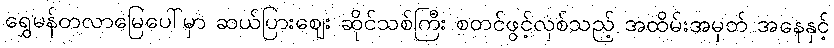
ရွှေမန်တလာမြေပေါ်မှာ ဆယ်ပြားစျေး ဆိုင်သစ်ကြီး စတင်ဖွင့်လှစ်သည့် အထိမ်းအမှတ် အနေနှင့်